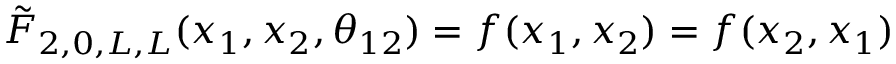
\tilde { F } _ { 2 , 0 , L , L } ( x _ { 1 } , x _ { 2 } , \theta _ { 1 2 } ) = f ( x _ { 1 } , x _ { 2 } ) = f ( x _ { 2 } , x _ { 1 } )